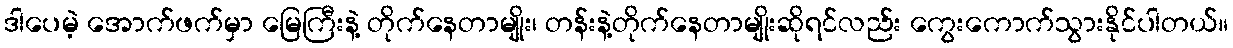
ဒါပေမဲ့ အောက်ဖက်မှာ မြေကြီးနဲ့ တိုက်နေတာမျိုး၊ တန်းနဲ့တိုက်နေတာမျိုးဆိုရင်လည်း ကွေးကောက်သွားနိုင်ပါတယ်။